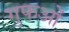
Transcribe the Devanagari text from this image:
गुफओं